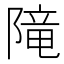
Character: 𨻫